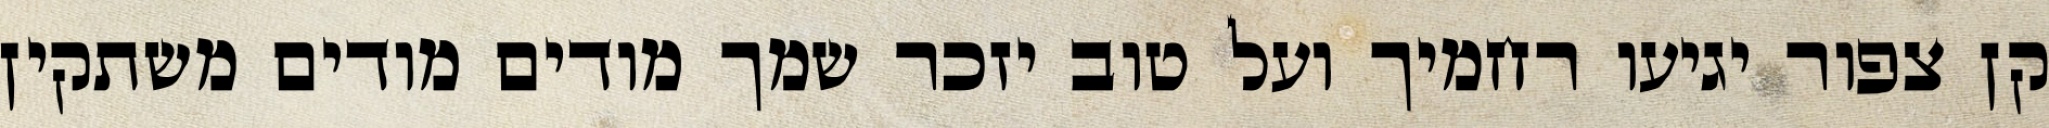
קן צפור יגיעו רחמיך ועל טוב יזכר שמך מודים מודים משתקין